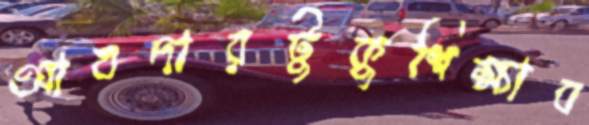
আবদারটুকুশিক্ষাব